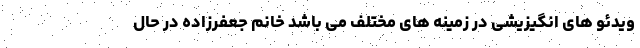
ویدئو های انگیزیشی در زمینه های مختلف می باشد خانم جعفرزاده در حال